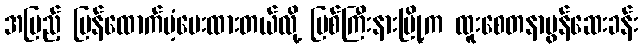
အပြည့် ပြန်ထောက်ပံ့ပေးထားတယ်လို့ မြစ်ကြီးနားမြို့က ထူးစေတနာမွန်ဆေးခန်း